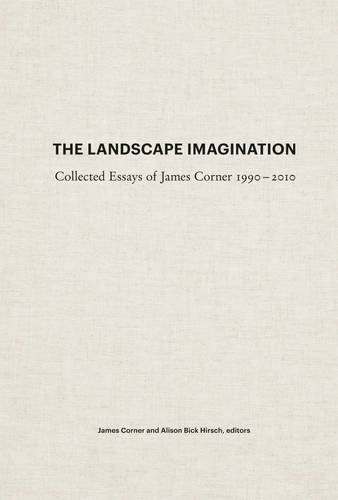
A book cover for The Landscape Imagination: Collected Essays of James Corner 1990-2010; James Corner; Arts & Photography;